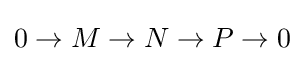
0\to M\to N\to P\to 0